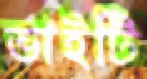
ভাইটি